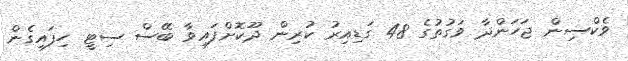
ވެކްސިން ޖަހަންދާ ވަގުތުގެ 48 ގަޑިއިރު ކުރިން ދޫކޮށްފައިވާ ބޭސް ސިޓީ ހިފައިގެން